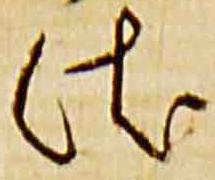
依